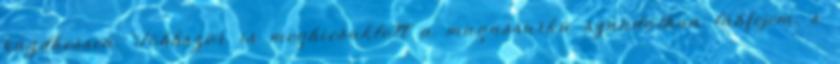
küzdhessen. Többször is megbicsaklott a magassarkú szandálban lábfejem, s